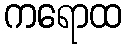
ကရောထ